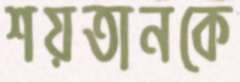
শয়তানকে